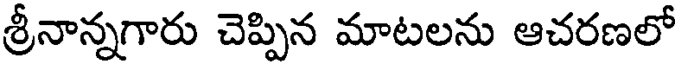
శ్రీనాన్నగారు చెప్పిన మాటలను ఆచరణలో